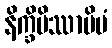
နိက္ခိပိဿာမိမံ